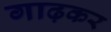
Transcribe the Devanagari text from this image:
गाढ़कर